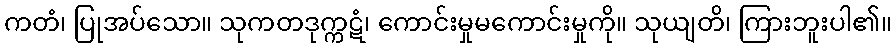
ကတံ၊ ပြုအပ်သော။ သုကတဒုက္ကဋံ၊ ကောင်းမှုမကောင်းမှုကို။ သုယျတိ၊ ကြားဘူးပါ၏။